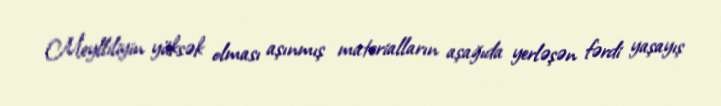
Meylliliyin yüksək olması aşınmış materialların aşağıda yerləşən fərdi yaşayış